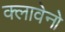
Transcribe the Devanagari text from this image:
क्लावेनो